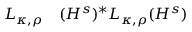
\begin{array} { r l } { L _ { \kappa , \rho } } & { { } ( H ^ { s } ) ^ { * } L _ { \kappa , \rho } ( H ^ { s } ) } \end{array}